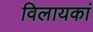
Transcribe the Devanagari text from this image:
विलायकां